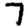
Digit: 7